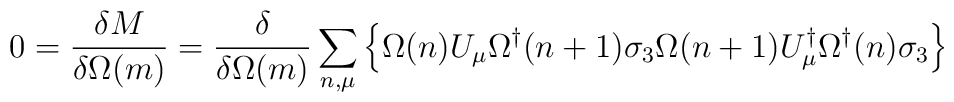
0 = \frac{\delta M}{\delta \Omega(m)} =\frac {\delta }{\delta \Omega(m)} \sum_{n,\mu}\left\{ \Omega(n) U_\mu \Omega^\dagger(n+1) \sigma_3 \Omega(n+1) U^\dagger_\mu\Omega^\dagger(n)\sigma_3\right\}